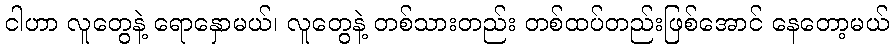
ငါဟာ လူတွေနဲ့ ရောနှောမယ်၊ လူတွေနဲ့ တစ်သားတည်း တစ်ထပ်တည်းဖြစ်အောင် နေတော့မယ်